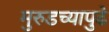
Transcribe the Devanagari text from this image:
मुरुडच्यापुढे